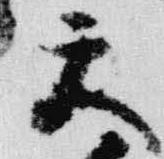
天